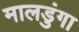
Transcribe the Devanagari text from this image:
मालडुंगा